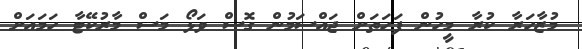
މުޒާހަރާ ކުރާ މީހުން ފަހަތަށް ޖައްސަމުން ގޮސް ވަޅޯ މަސް މާރުކޭޓާ ހަމައަށް